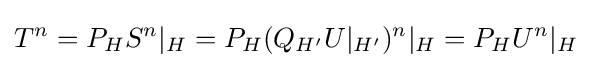
T^{n}=P_{H}S^{n}\vert _{H}=P_{H}(Q_{H'}U\vert _{H'})^{n}\vert _{H}=P_{H}U^{n}\vert _{H}